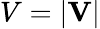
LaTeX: V=\left|\mathbf{V}\right|